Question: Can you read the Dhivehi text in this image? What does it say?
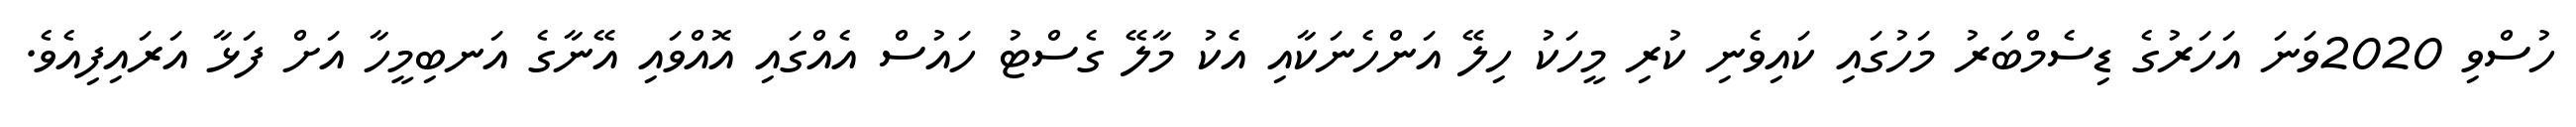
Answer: ހުސްވި 2020ވަނަ އަހަރުގެ ޑިސެމްބަރު މަހުގައި ކައިވެނި ކުރި މީހަކު ހިލޭ އަންހެނަކާއި އެކު މާލޭ ގެސްޓު ހައުސް އެއްގައި އޮއްވައި އޭނާގެ އަނބިމީހާ އަށް ފަޅާ އަރައިފިއެވެ.